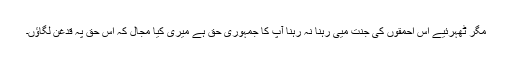
مگر ٹھہرئیے اس احمقوں کی جنت میی رہنا نہ رہنا آپ کا جمہوری حق ہے میری کیا مجال کہ اس حق پہ قدغن لگاؤں۔